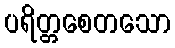
ပရိတ္တစေတသော